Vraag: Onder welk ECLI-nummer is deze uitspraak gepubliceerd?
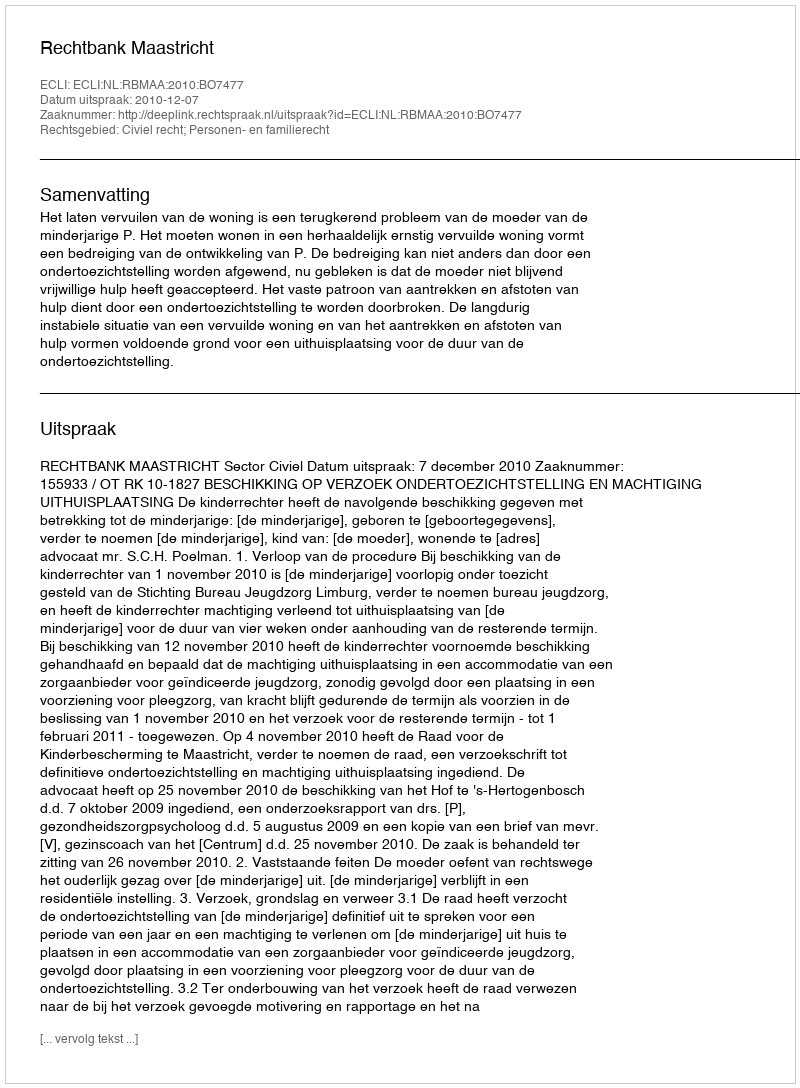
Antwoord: ECLI:NL:RBMAA:2010:BO7477